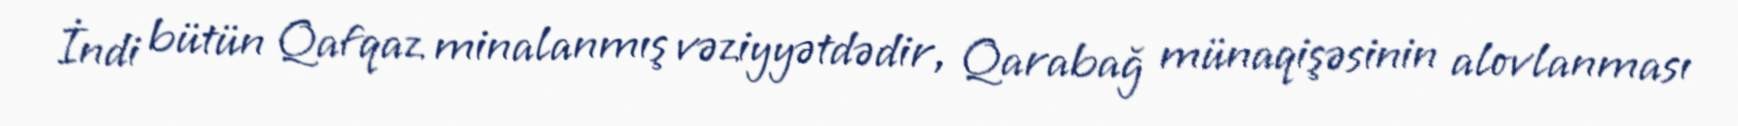
İndi bütün Qafqaz minalanmış vəziyyətdədir, Qarabağ münaqişəsinin alovlanması